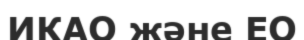
ИКАО және ЕО